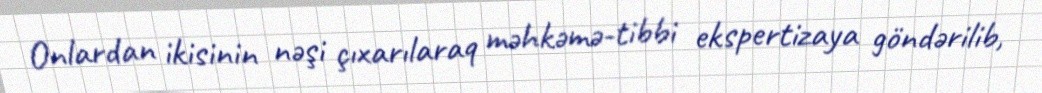
Onlardan ikisinin nəşi çıxarılaraq məhkəmə-tibbi ekspertizaya göndərilib,